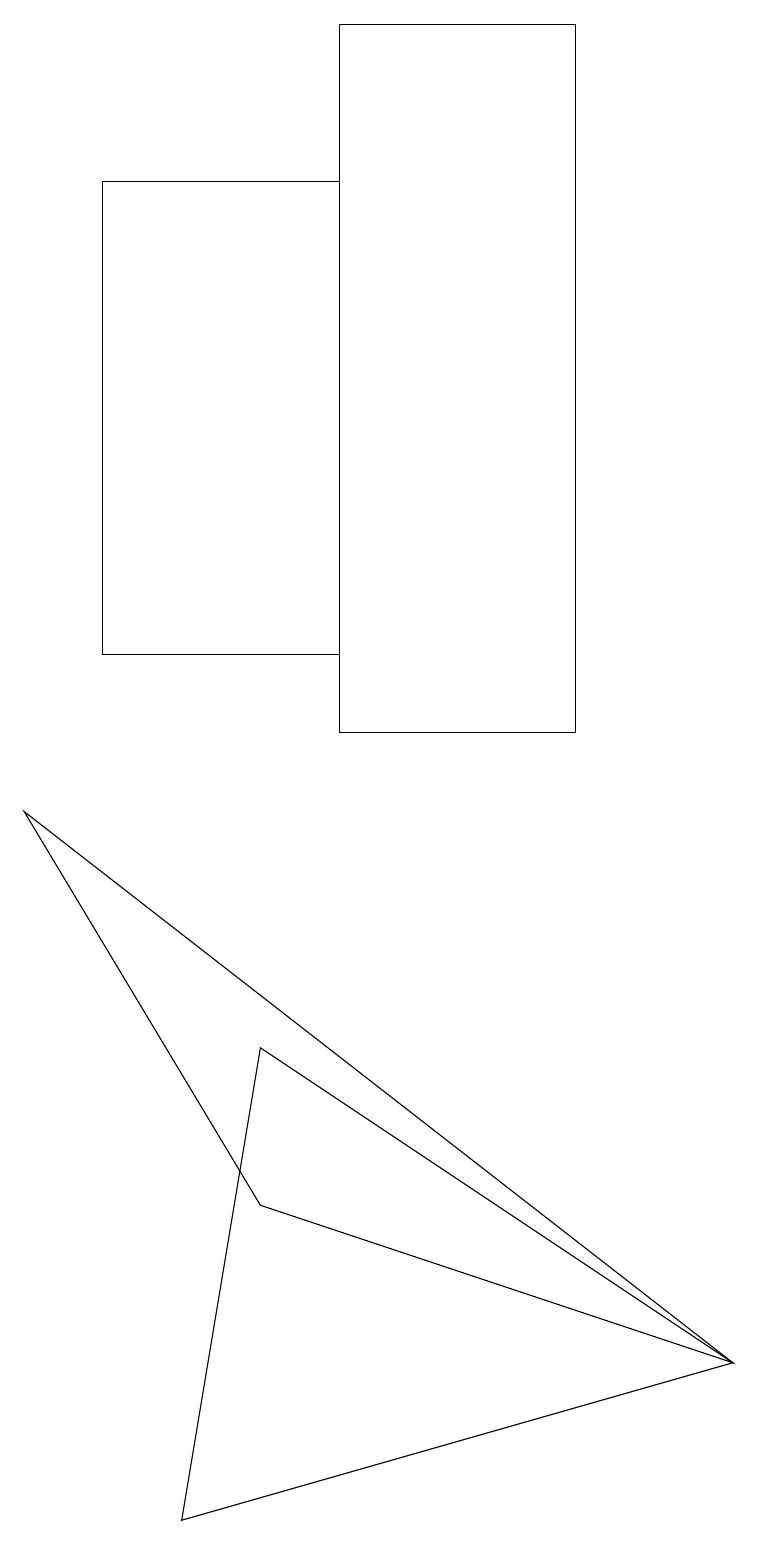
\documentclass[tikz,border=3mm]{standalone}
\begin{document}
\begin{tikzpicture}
\draw (9,2) -- (3,6) -- (2,0) -- cycle;
\draw (1,17) rectangle (4,11);
\draw (7,19) rectangle (4,10);
\draw (3,4) -- (0,9) -- (9,2) -- cycle;
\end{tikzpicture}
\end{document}